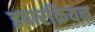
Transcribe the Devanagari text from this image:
इपारक्रियन